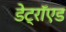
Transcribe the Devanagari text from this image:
डेट्रॉएड